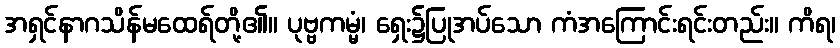
အရှင်နာဂသိန်မထေရ်တို့၏။ ပုဗ္ဗကမ္မံ၊ ရှေး၌ပြုအပ်သော ကံအကြောင်းရင်းတည်း။ ကိရ၊